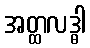
အတ္ထလဒ္ဓါ